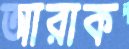
আরাক